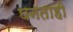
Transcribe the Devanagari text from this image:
घनताही